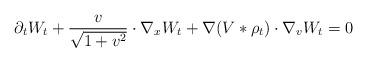
LaTeX: \begin{align*} \partial_t W_t + \frac{v}{\sqrt{1+v^2}} \cdot \nabla_x W_t + \nabla (V*\rho_t) \cdot \nabla_v W_t = 0 \end{align*}